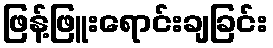
ဖြန့်ဖြူးရောင်းချခြင်း